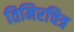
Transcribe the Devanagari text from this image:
तिमिरचित्र